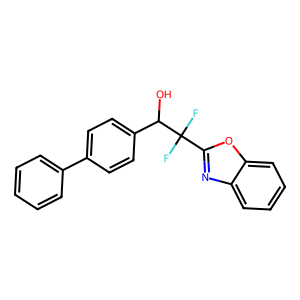
SMILES: OC(c1ccc(-c2ccccc2)cc1)C(F)(F)c1nc2ccccc2o1
Inhibits HIV replication: No